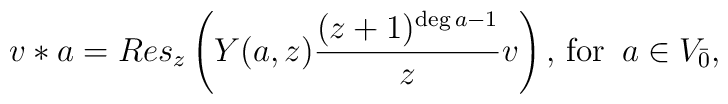
v*a = Res_z \left(Y(a,z)\frac{(z+1)^{\deg a-1}}{z} v\right),\,\mbox{for}\,\,\, a\in V_{\bar{0}},